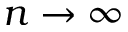
n \to \infty